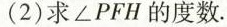
(2) 求 ∠PFH 的度数.